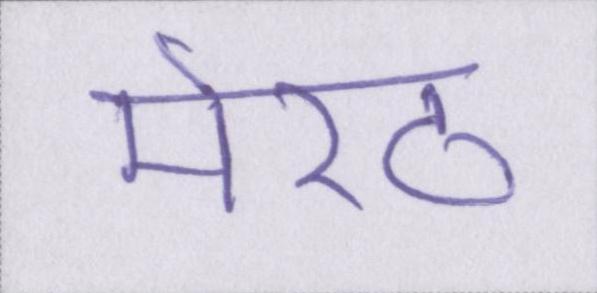
मेरठ